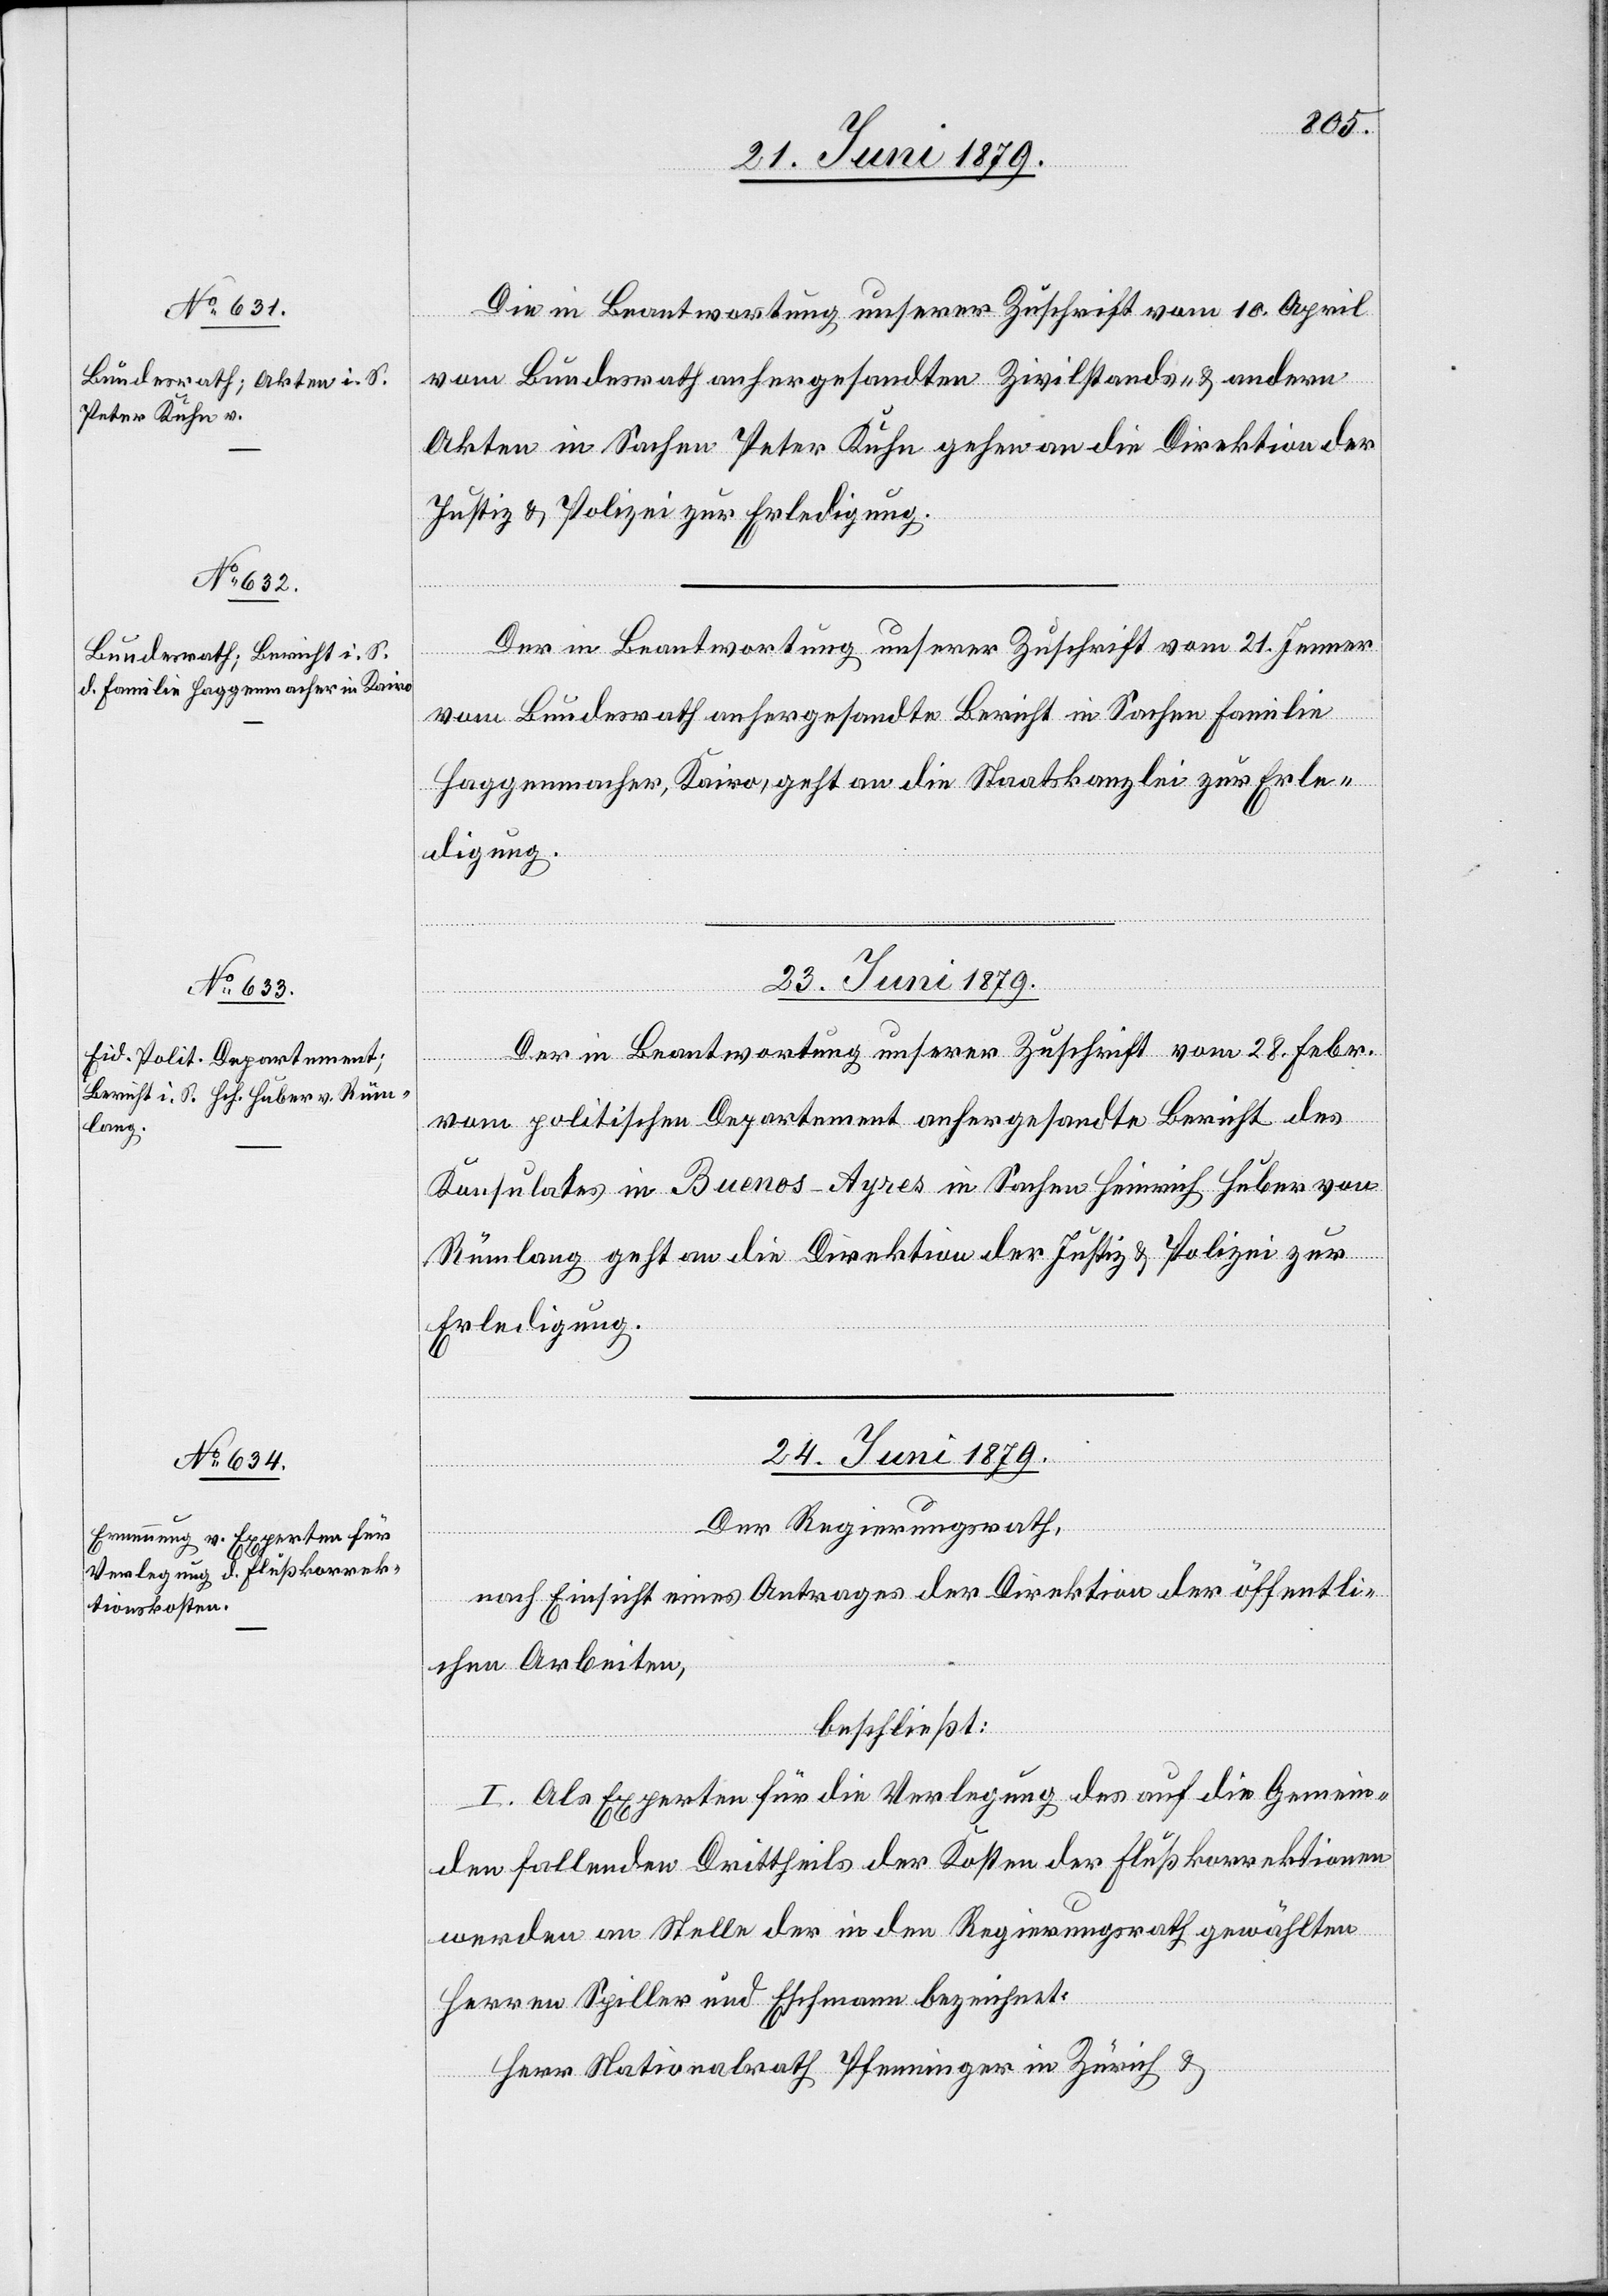
21. Juni 1879.]
Die in Beantwortung unserer Zuschrift vom 10. April
vom Bundesrath anhergesandten Zivilstands- & andern
Akten in Sachen Peter Kuhn gehen an die Direktion der
Justiz & Polizei zur Erledigung.
Der in Beantwortung unserer Zuschrift vom 21. Jenner
vom Bundesrath anhergesandte Bericht in Sachen Familie
Haggenmacher, Kairo, geht an die Staatskanzlei zur Erle¬
digung.
23. Juni 1879.
Der in Beantwortung unserer Zuschrift vom 28. Febr.
vom politischen Departement anhergesandte Bericht des
Konsulates in Buenos-Ayres in Sachen Heinrich Huber von
Rümlang geht an die Direktion der Justiz & Polizei zur
Erledigung.
24. Juni 1879.
Der Regierungsrath,
nach Einsicht eines Antrages der Direktion der öffentli¬
chen Arbeiten,
beschließt:
I. Als Experten für die Verlegung des auf die Gemein¬
den fallenden Drittheils der Kosten der Flußkorrektionen
werden an Stelle der in den Regierungsrath gewählten
Herren Spiller und Eschmann bezeichnet:
Herr Nationalrath Pfenninger in Zürich &